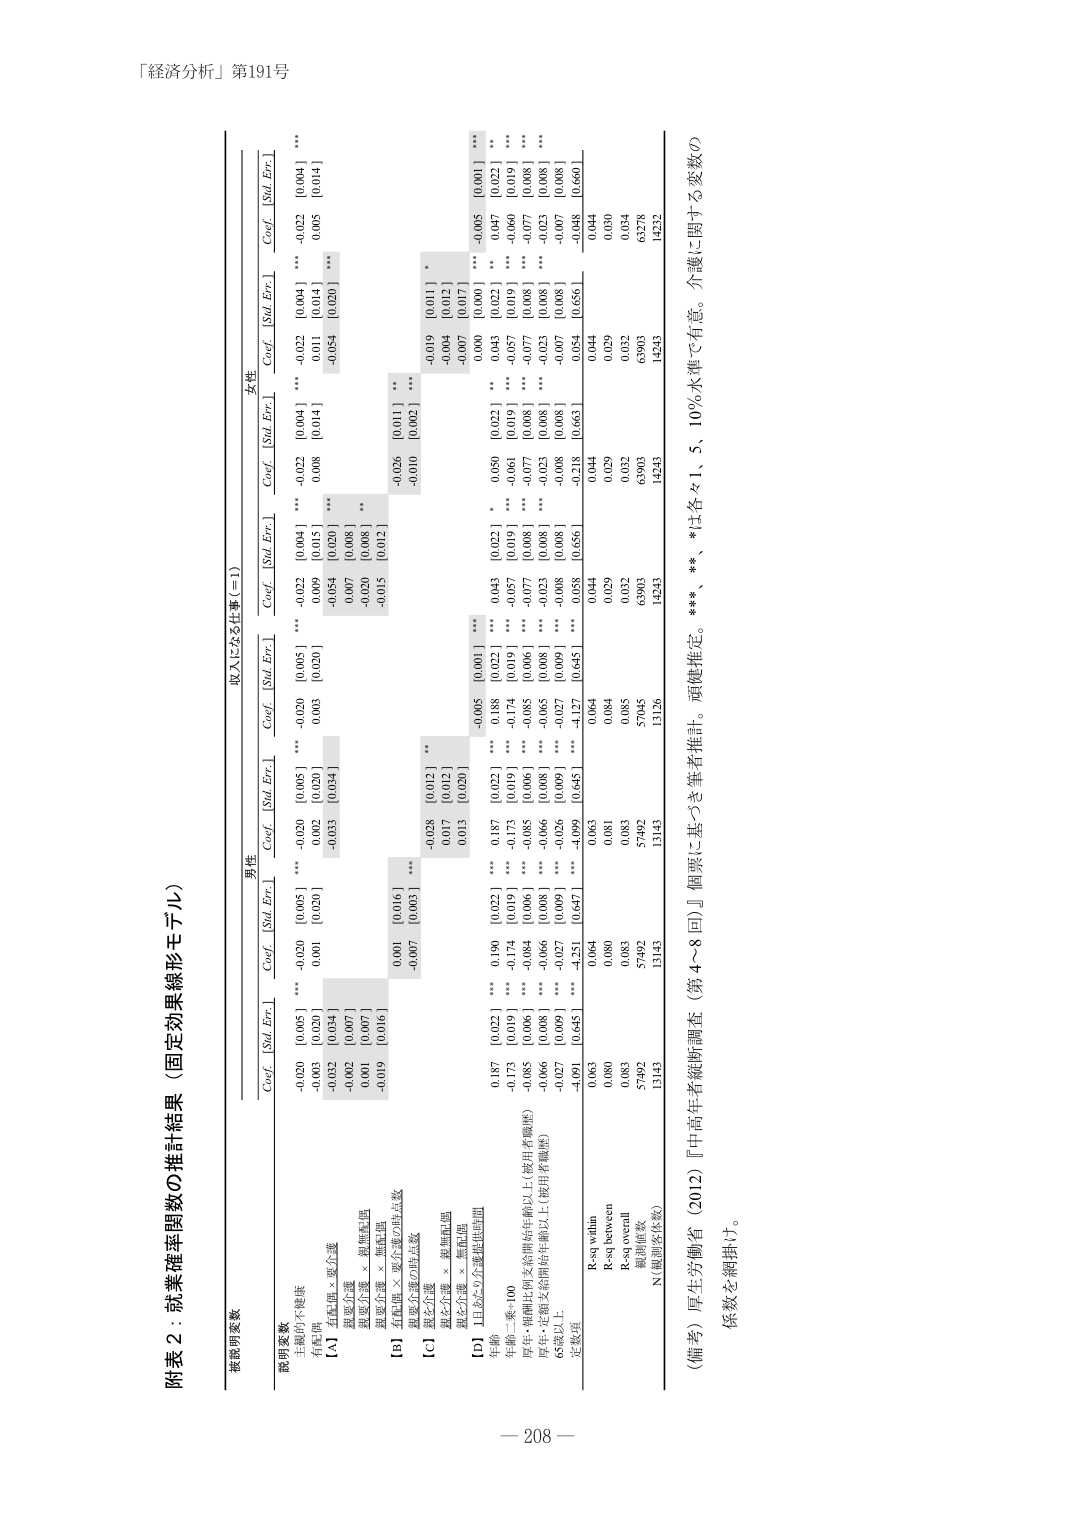
「経済分析」第191号

附表２：就業確率関数の推計結果（固定効果線形モデル）

被説明変数

説明変数

有無の不健康

[A] 仕事の有無 × 要介護

認知力低下

認知力低下 × 無職転職

五感力低下

五感力低下 × 無職転職

[B] 仕事の有無 × 要介護の年齢係数

認知力低下

[C] 五感力低下

認知力低下 × 無職転職

[D] 以上6つの交差推定係数

年齢

年齢－乗－100

厚生・福祉は何文を開始年齢以上（使用者職歴）

厚生・福祉は何文を開始年齢以上（使用者職歴）

65歳以上

定数項

R-sq within

R-sq between

R-sq overall

観測値数

N（観測者係数）

男性

Coef. [Std. Err.]

0.020 [0.005] ***

-0.002 [0.005]

-0.032 [0.054]

-0.002 [0.007]

0.001 [0.007]

-0.019 [0.016]

0.001 [0.016]

-0.007 [0.005]

-0.028 [0.012] **

0.017 [0.012]

0.013 [0.020]

0.187 [0.022] ***

-0.173 [0.019] ***

-0.085 [0.006] ***

-0.066 [0.008] ***

-0.027 [0.009] ***

-4.091 [0.645] ***

0.063

0.080

0.083

57492

13143

収入になる仕事（＝1）

Coef. [Std. Err.]

0.020 [0.005] ***

-0.002 [0.020]

-0.033 [0.054]

-0.007 [0.008]

-0.020 [0.008]

-0.015 [0.012]

-0.022 [0.004] ***

-0.006 [0.015]

-0.054 [0.020] ***

-0.007 [0.008]

-0.020 [0.008]

-0.015 [0.012]

-0.005 [0.001] ***

0.187 [0.022] ***

-0.173 [0.019] ***

-0.085 [0.006] ***

-0.066 [0.008] ***

-0.026 [0.009] ***

-4.251 [0.647] ***

0.064

0.080

0.083

57492

13143

女性

Coef. [Std. Err.]

0.022 [0.004] ***

0.008 [0.014]

-0.054 [0.020] ***

0.026 [0.011] **

-0.010 [0.002]

-0.019 [0.011] *

-0.064 [0.012] ***

-0.007 [0.017]

0.000 [0.000]

0.043 [0.022] *

0.050 [0.022] *

-0.057 [0.019] ***

-0.077 [0.008] ***

-0.023 [0.008] ***

-0.008 [0.008]

-0.058 [0.656]

-0.218 [0.663]

0.044

0.029

0.032

63903

14243

Coef. [Std. Err.]

0.022 [0.004] ***

0.011 [0.014]

-0.054 [0.020] ***

-0.019 [0.011] *

-0.064 [0.012] ***

-0.007 [0.017]

0.000 [0.000]

0.043 [0.022] *

0.050 [0.022] *

-0.057 [0.019] ***

-0.077 [0.008] ***

-0.023 [0.008] ***

-0.008 [0.008]

-0.058 [0.656]

-0.218 [0.663]

0.044

0.029

0.032

63903

14243

Coef. [Std. Err.]

0.022 [0.004] ***

0.008 [0.014]

-0.054 [0.020] ***

-0.019 [0.011] *

-0.064 [0.012] ***

-0.007 [0.017]

0.000 [0.000]

0.043 [0.022] *

0.050 [0.022] *

-0.057 [0.019] ***

-0.077 [0.008] ***

-0.023 [0.008] ***

-0.008 [0.008]

-0.058 [0.656]

-0.218 [0.663]

0.044

0.029

0.032

63903

14243

（備考）厚生労働省（2012）『中高年者縦断調査（第4～8回）』個票に基づき筆者推計。項健推定。***、**、*は各々1、5、10％水準で有意。介護に関する変数の係数を網掛け。

－ 208 －